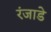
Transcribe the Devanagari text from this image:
रंजाडे